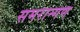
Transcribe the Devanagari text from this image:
समरान्गण